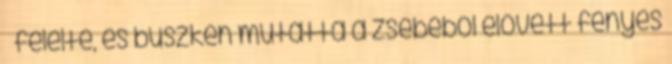
– felelte, és büszkén mutatta a zsebéből elővett fényes